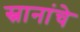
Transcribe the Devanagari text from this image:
स्नानांचे